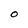
Character: O